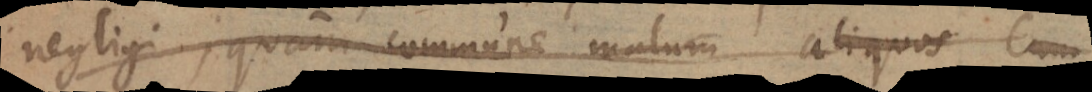
negligi, quam commune malum aliquos